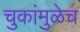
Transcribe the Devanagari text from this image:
चुकांमुळेच